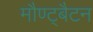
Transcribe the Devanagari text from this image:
मौण्ट्बैटन